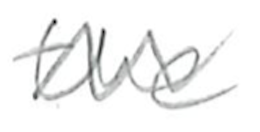
Text: the
Cross-out: zig-zag
Writing tool: pencil